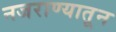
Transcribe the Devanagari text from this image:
नजराण्यातून